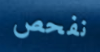
نفحص